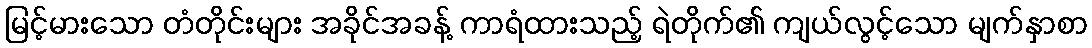
မြင့်မားသော တံတိုင်းများ အခိုင်အခန့် ကာရံထားသည့် ရဲတိုက်၏ ကျယ်လွင့်သော မျက်နှာစာ